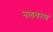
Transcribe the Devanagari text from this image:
नलवरण